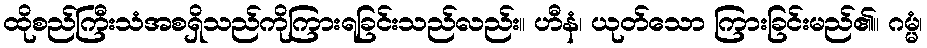
ထိုစည်ကြီးသံအစရှိသည်ကိုကြားရခြင်းသည်လည်း။ ဟီနံ၊ ယုတ်သော ကြားခြင်းမည်၏။ ဂမ္မံ၊